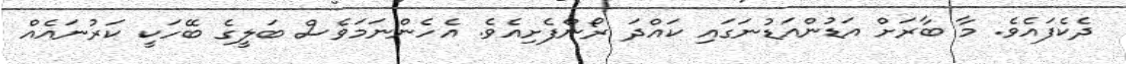
ދެކެފައެވެ. މާ ބާރަށް އަޑުންއަޑުނަގައި ކައްދަ ރޯންފެށިއެވެ. އެހެންނަމަވެސް ބަލީގެ ބޭހަކީ ކަރުނައެއް